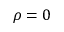
\rho = 0